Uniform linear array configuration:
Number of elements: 64
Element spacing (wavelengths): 0.5
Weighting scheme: kaiser
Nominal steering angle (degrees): -30
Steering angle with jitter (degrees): -29.886
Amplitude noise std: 0.05
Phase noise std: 0.05

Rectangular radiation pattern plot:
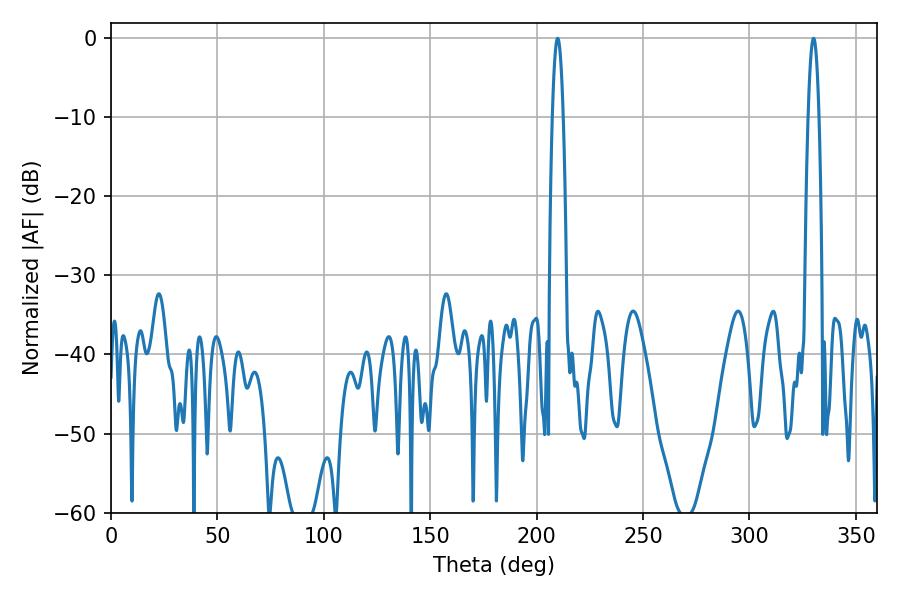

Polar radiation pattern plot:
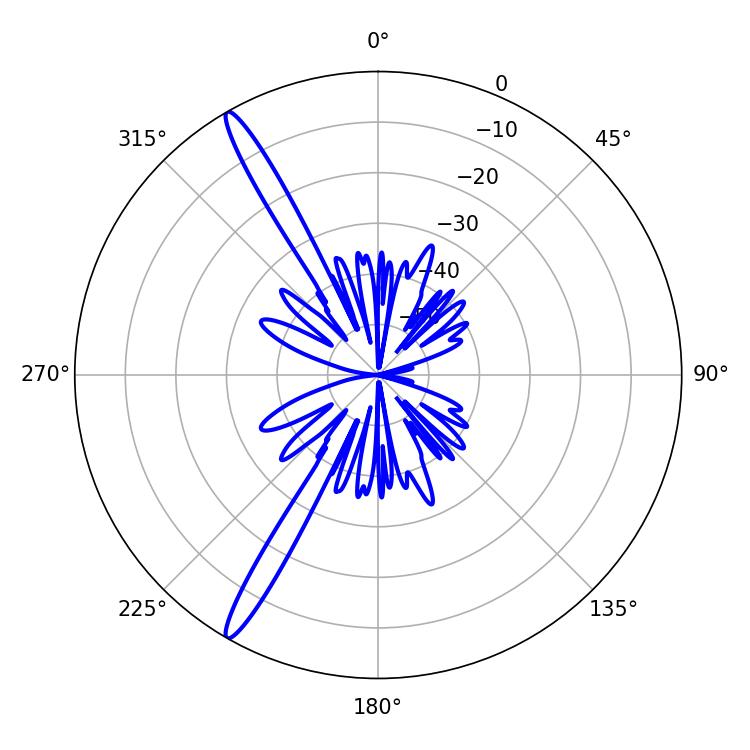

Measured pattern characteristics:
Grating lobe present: FALSE
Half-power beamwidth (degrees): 2.88
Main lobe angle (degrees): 330.12